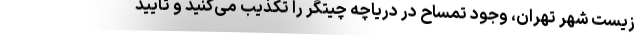
زیست شهر تهران، وجود تمساح در دریاچه چیتگر را تکذیب می‌کنید و تأیید